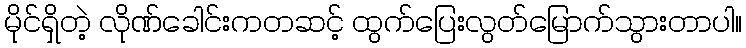
မိုင်ရှိတဲ့ လိုဏ်ခေါင်းကတဆင့် ထွက်ပြေးလွတ်မြောက်သွားတာပါ။